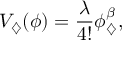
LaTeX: V _ { \diamondsuit } ( \phi ) = \frac { \lambda } { 4 ! } \phi _ { \diamondsuit } ^ { \beta } ,